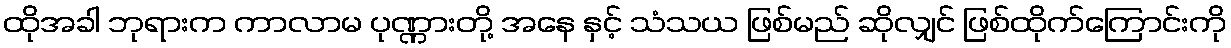
ထိုအခါ ဘုရားက ကာလာမ ပုဏ္ဏားတို့ အနေ နှင့် သံသယ ဖြစ်မည် ဆိုလျှင် ဖြစ်ထိုက်ကြောင်းကို